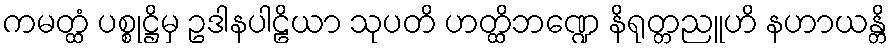
ကမတ္ထံ ပစ္စုဋ္ဌိမှ ဥဒါနပါဠိယာ သုပတိ ဟတ္ထိဘဏ္ဍေ နိရုတ္တညူဟိ နဟာယန္တိ